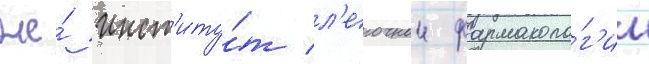
же́ инст'иту́т л'егочнои фармаколо́г'ии